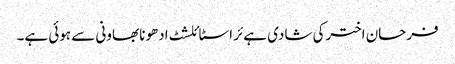
فرحان اخترکی شادی ہےئر اسٹائلشٹ ادھونا بھاونی سے ہوئی ہے۔